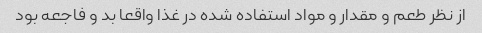
از نظر طعم و مقدار و مواد استفاده شده در غذا واقعا بد و فاجعه بود